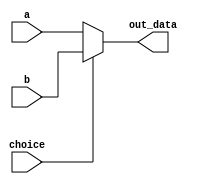
`timescale 1ns / 1ps
module mux_5bits(
    input [4:0] a,
    input [4:0] b,
    input choice,
    output [4:0] out_data
    );
    assign out_data=(choice)?b:a;
endmodule